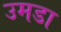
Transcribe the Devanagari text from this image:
उमडा